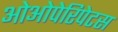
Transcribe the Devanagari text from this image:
ओओपेरिपेटस